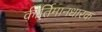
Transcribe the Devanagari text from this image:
कीर्तिमानधारक